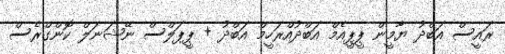
ރައީސް އަބްދު ޔާމީން ޕީޕީއެމް އަބްދުއްރަހީމް އަބްދު + ޕީޕަލްސް ނޭޝަނަލް ކޮންގްރެސް